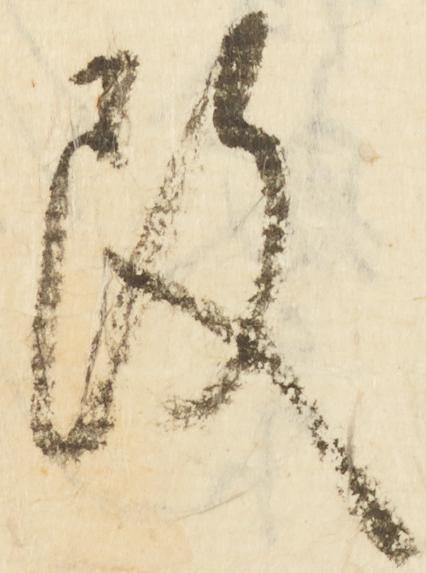
改